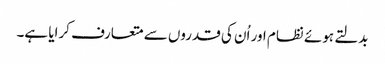
بدلتے ہوئے نظام اور اُن کی قدروں سے متعارف کرایا ہے۔